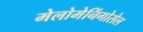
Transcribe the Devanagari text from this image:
मेलोमेनिंगोसेल